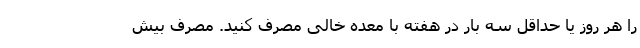
را هر روز یا حداقل سه بار در هفته با معده خالی مصرف کنید. مصرف بیش